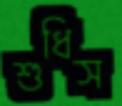
শুধিস